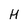
Character: H